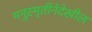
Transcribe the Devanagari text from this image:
मनुस्मृतीनेदेखील